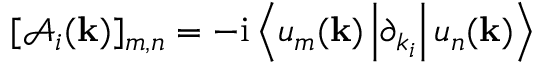
[ \mathcal { A } _ { i } ( { \bf k } ) ] _ { m , n } = - \mathrm { i } \left< u _ { m } ( { \bf k } ) \vphantom { \partial _ { k _ { i } } } \vphantom { u _ { n } ( { \bf k } ) } \left| \partial _ { k _ { i } } \vphantom { u _ { m } ( { \bf k } ) } \vphantom { u _ { n } ( { \bf k } ) } \right| u _ { n } ( { \bf k } ) \vphantom { u _ { m } ( { \bf k } ) } \vphantom { \partial _ { k _ { i } } } \right>